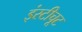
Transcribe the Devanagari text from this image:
इंस्टीचूट